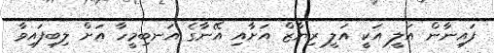
ފައިނާން އަލީ އަކީ އަލީ ރިޔާޒް އަށާއި އޭނާގެ އަނބިމީހާ އަށް ލިބިފައިވާ